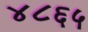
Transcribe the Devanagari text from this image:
४८६५